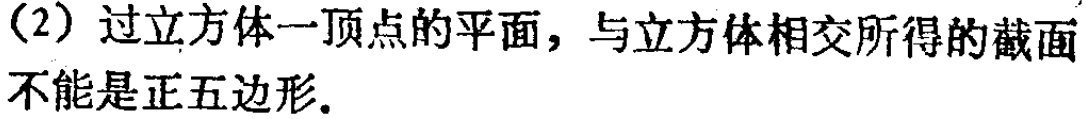
(2) 过立方体一顶点的平面，与立方体相交所得的截面不能是正五边形.